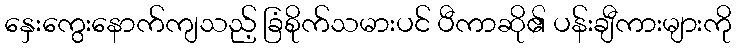
နှေးကွေးနောက်ကျသည့် ခြံစိုက်သမားပင် ပီကာဆို၏ ပန်းချီကားများကို